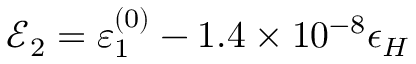
\mathcal { E } _ { 2 } = \varepsilon _ { 1 } ^ { ( 0 ) } - 1 . 4 \times 1 0 ^ { - 8 } \epsilon _ { H }